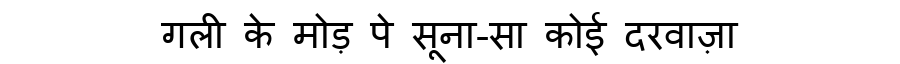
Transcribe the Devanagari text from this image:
गली के मोड़ पे सूना-सा कोई दरवाज़ा